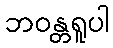
ဘဝန္တရူပါ